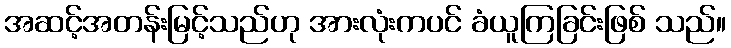
အဆင့်အတန်းမြင့်သည်ဟု အားလုံးကပင် ခံယူကြခြင်းဖြစ် သည်။